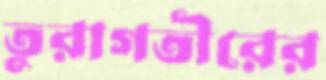
তুরাগতীরের